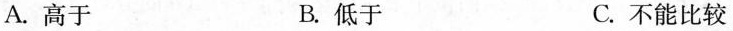
A.高于 B.低于 C.不能比较